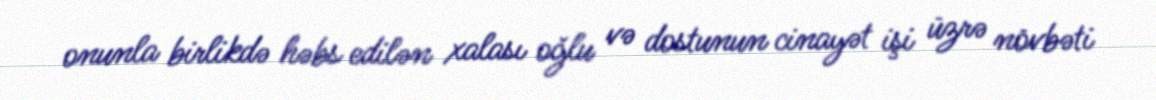
onunla birlikdə həbs edilən xalası oğlu və dostunun cinayət işi üzrə növbəti